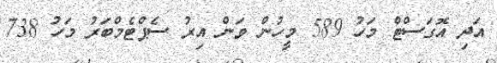
އަދި އޮގަސްޓް މަހު 589 މީހުން ވަން އިރު ސެޕްޓެމްބަރު މަހު 738